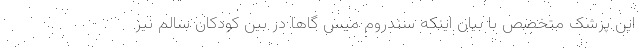
این پزشک متخصص با بیان اینکه سندروم میس گاها در بین کودکان سالم نیز